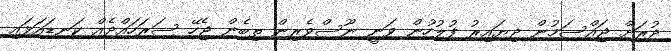
ދުރަށް ޖައްސަމުން ދިޔައިރު ފުލުހުން ވަނީ ނޫސްވެރިން ތިބެން ޖެހޭ ސަރަހައްދެއް ކަނޑައަޅައި